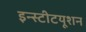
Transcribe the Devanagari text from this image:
इन्स्टीटयूशन